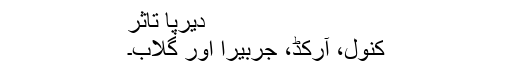
دیرپا تاثر
کنول، آرکِڈ، جربیرا اور گلاب۔